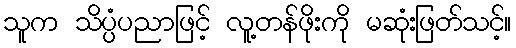
သူက သိပ္ပံပညာဖြင့် လူ့တန်ဖိုးကို မဆုံးဖြတ်သင့်။